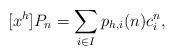
LaTeX: \begin{align*} [x^h]P_n = \sum_{i \in I} p_{h,i}(n) c_i^n, \end{align*}